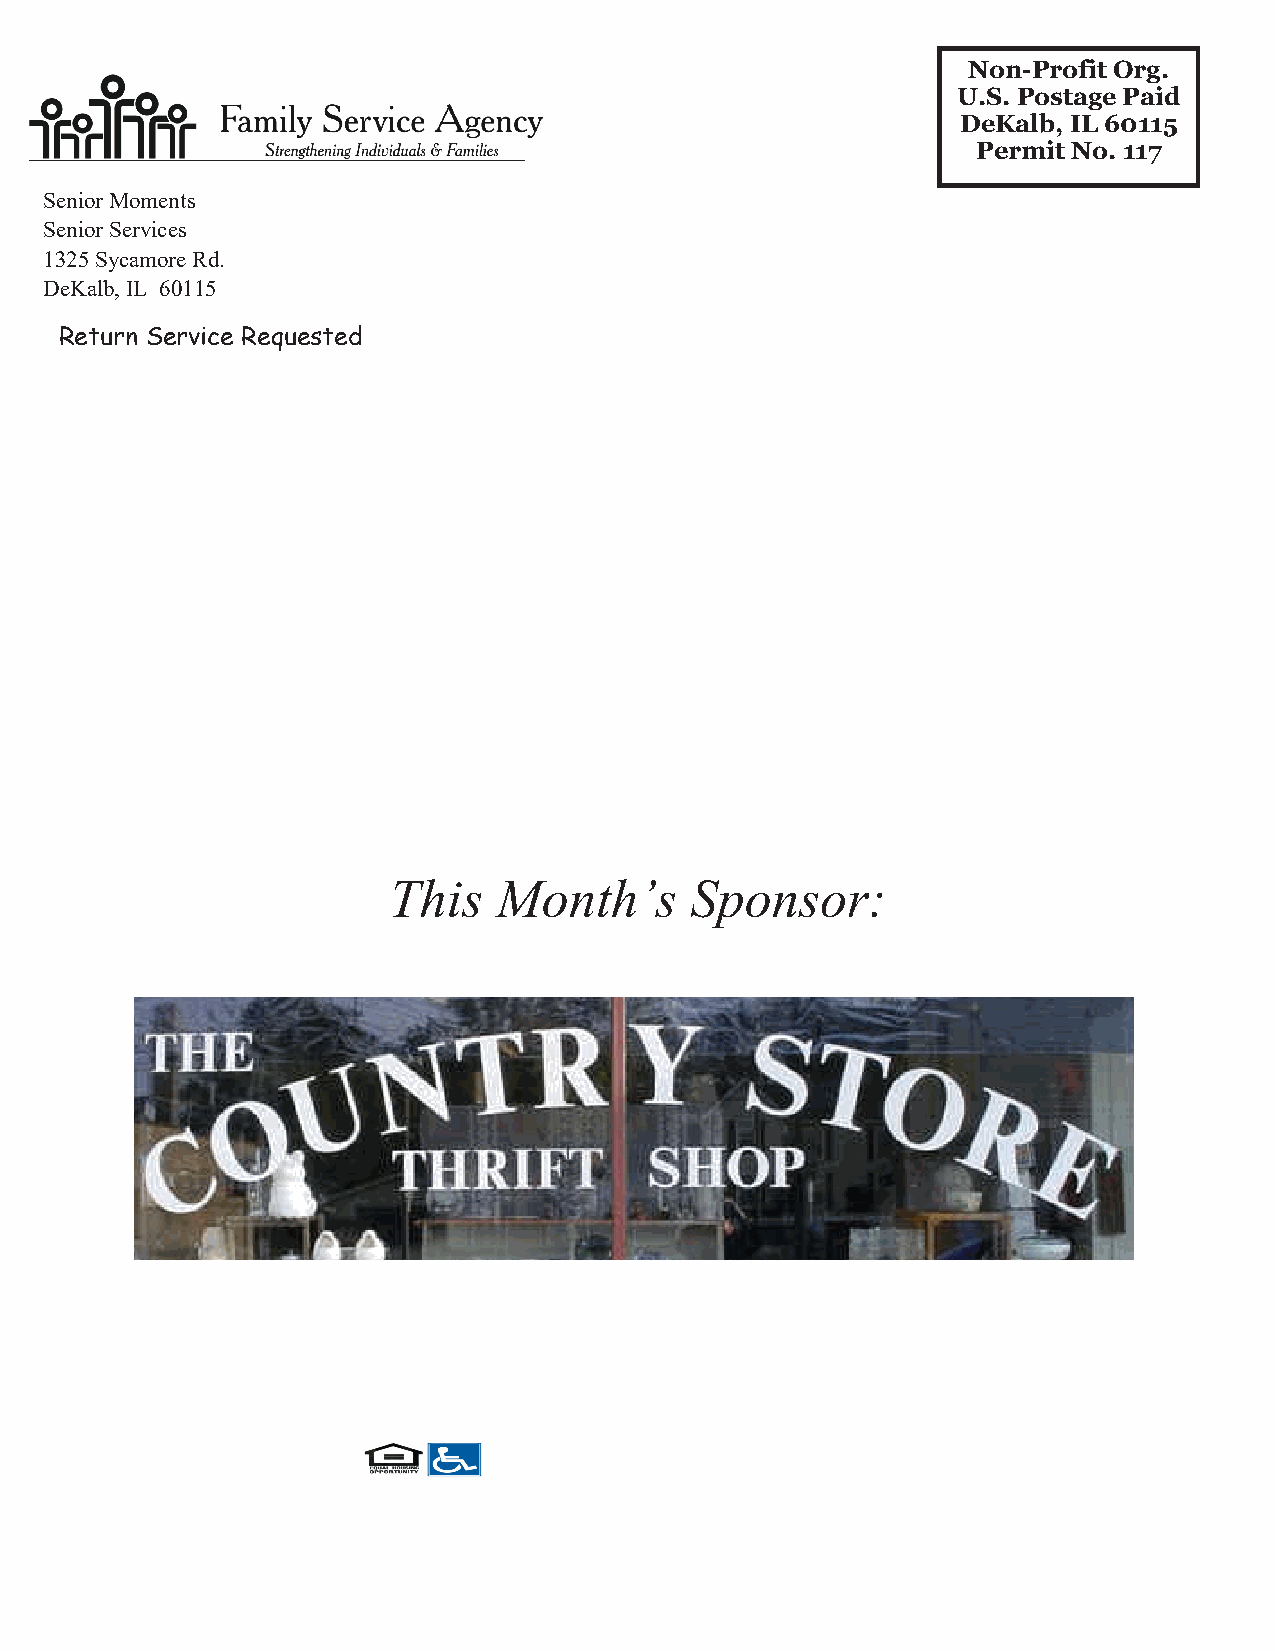
Non-Profit Org.
 U.S. Postage Paid
 DeKalb, IL 60115
 Permit No. 117
 Senior Moments
 Senior Services
 1325 Sycamore Rd.
 DeKalb, IL 60115
 Return Service Requested
 This   Month’s      Sponsor: